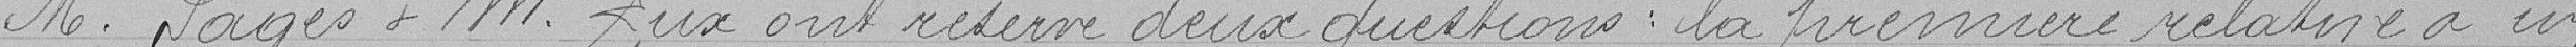
Monsieur PAGES et Monsieur LUX ont réservé deux questions : la première relative à un